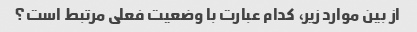
از بین موارد زیر، کدام عبارت با وضعیت فعلی مرتبط است؟